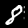
Digit: 8